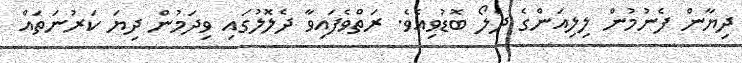
ދިޔާން ފެނުމުން ލިލިއަންގެ ދެލޯ ބޮޑުވިއެވެ. ރަތްވެފައިވާ ދެލޮލުގައި ވިދަމުން ދިޔަ ކަރުނަތައް